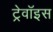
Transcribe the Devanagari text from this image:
ट्रेवॉइस